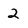
Character: 2